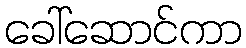
ခေါ်ဆောင်ကာ